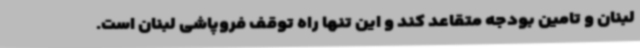
لبنان و تامین بودجه متقاعد کند و این تنها راه توقف فروپاشی لبنان است.